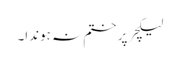
لیکچر پر ختم نہ ہوندا۔